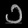
Digit: ၁